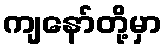
ကျနော်တို့မှာ